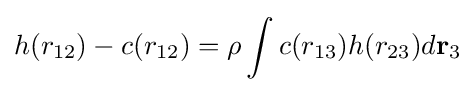
h(r_{12})-c(r_{12})=\rho \int c(r_{13})h(r_{23})d\mathbf {r} _{3}